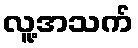
လူ့အသက်